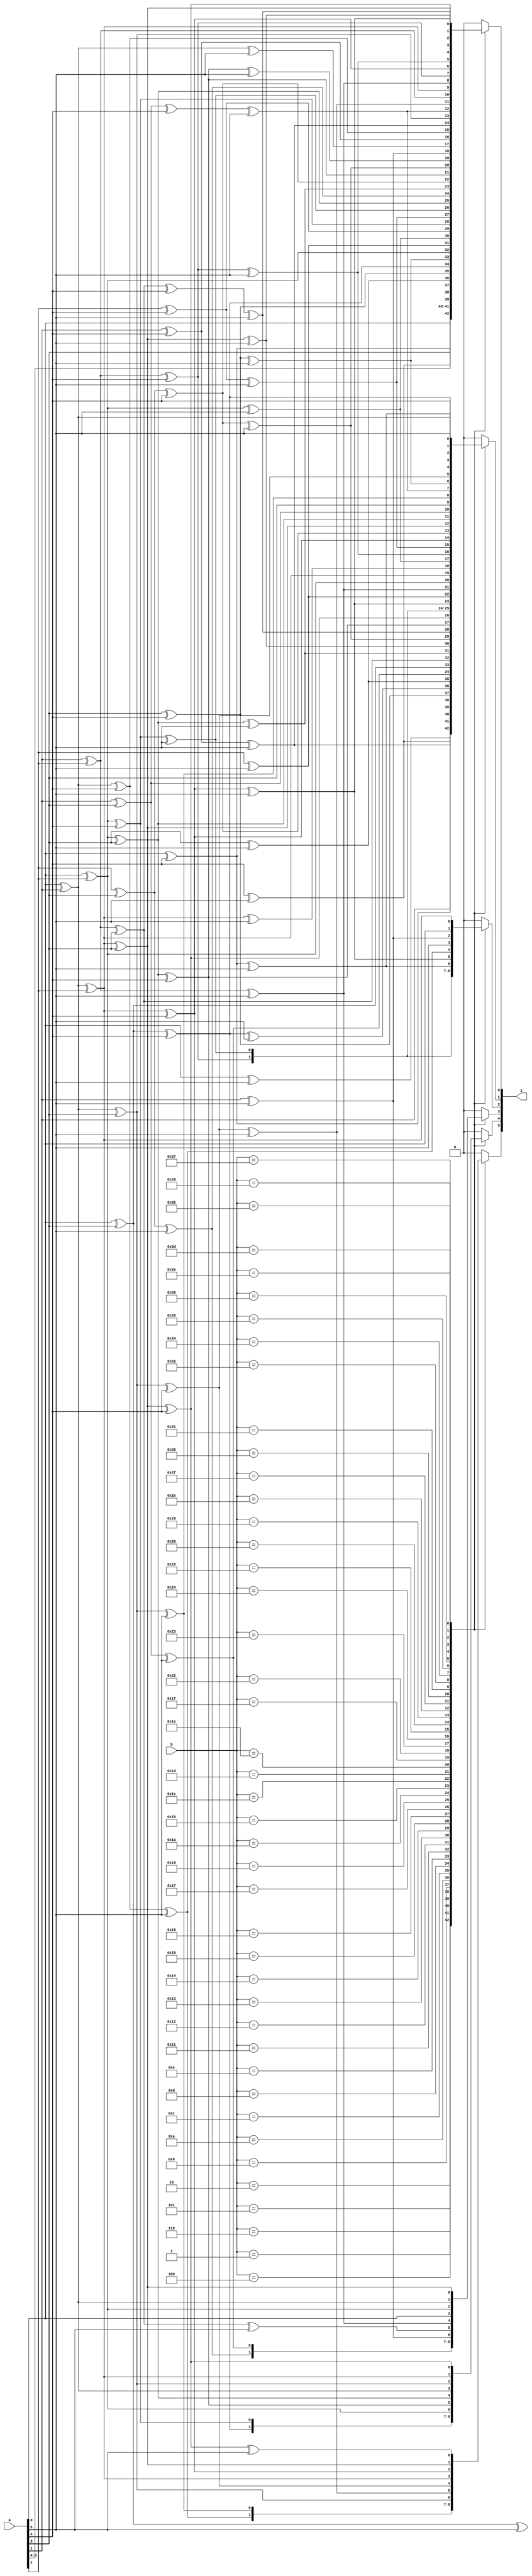
`timescale 1ns/100ps
module gf64mul(
    input       [5:0] a,
    input       [5:0] b,
    output  reg [5:0] z
);
always @(*)
begin
    case (b)
        6'd1:
            begin
                z[0] = a[0];
                z[1] = a[1];
                z[2] = a[2];
                z[3] = a[3];
                z[4] = a[4];
                z[5] = a[5];
            end
        6'd2:
            begin
                z[0] = a[5];
                z[1] = a[0] ^ a[5];
                z[2] = a[1];
                z[3] = a[2];
                z[4] = a[3];
                z[5] = a[4];
            end
        6'd4:
            begin
                z[0] = a[4];
                z[1] = a[4] ^ a[5];
                z[2] = a[0] ^ a[5];
                z[3] = a[1];
                z[4] = a[2];
                z[5] = a[3];
            end
        6'd5:
            begin
                z[0] = a[0] ^ a[4];
                z[1] = a[1] ^ a[4] ^ a[5];
                z[2] = a[0] ^ a[2] ^ a[5];
                z[3] = a[1] ^ a[3];
                z[4] = a[2] ^ a[4];
                z[5] = a[3] ^ a[5];
            end
        6'd6:
            begin
                z[0] = a[4] ^ a[5];
                z[1] = a[0] ^ a[4];
                z[2] = a[0] ^ a[1] ^ a[5];
                z[3] = a[1] ^ a[2];
                z[4] = a[2] ^ a[3];
                z[5] = a[3] ^ a[4];
            end
        6'd8:
            begin
                z[0] = a[3];
                z[1] = a[3] ^ a[4];
                z[2] = a[4] ^ a[5];
                z[3] = a[0] ^ a[5];
                z[4] = a[1];
                z[5] = a[2];
            end
        6'd10:
            begin
                z[0] = a[3] ^ a[5];
                z[1] = a[0] ^ a[3] ^ a[4] ^ a[5];
                z[2] = a[1] ^ a[4] ^ a[5];
                z[3] = a[0] ^ a[2] ^ a[5];
                z[4] = a[1] ^ a[3];
                z[5] = a[2] ^ a[4];
            end
        6'd12:
            begin
                z[0] = a[3] ^ a[4];
                z[1] = a[3] ^ a[5];
                z[2] = a[0] ^ a[4];
                z[3] = a[0] ^ a[1] ^ a[5];
                z[4] = a[1] ^ a[2];
                z[5] = a[2] ^ a[3];
            end
        6'd13:
            begin
                z[0] = a[0] ^ a[3] ^ a[4];
                z[1] = a[1] ^ a[3] ^ a[5];
                z[2] = a[0] ^ a[2] ^ a[4];
                z[3] = a[0] ^ a[1] ^ a[3] ^ a[5];
                z[4] = a[1] ^ a[2] ^ a[4];
                z[5] = a[2] ^ a[3] ^ a[5];
            end
        6'd14:
            begin
                z[0] = a[3] ^ a[4] ^ a[5];
                z[1] = a[0] ^ a[3];
                z[2] = a[0] ^ a[1] ^ a[4];
                z[3] = a[0] ^ a[1] ^ a[2] ^ a[5];
                z[4] = a[1] ^ a[2] ^ a[3];
                z[5] = a[2] ^ a[3] ^ a[4];
            end
        6'd17:
            begin
                z[0] = a[0] ^ a[2];
                z[1] = a[1] ^ a[2] ^ a[3];
                z[2] = a[2] ^ a[3] ^ a[4];
                z[3] = a[3] ^ a[4] ^ a[5];
                z[4] = a[0] ^ a[4] ^ a[5];
                z[5] = a[1] ^ a[5];
            end
        6'd18:
            begin
                z[0] = a[2] ^ a[5];
                z[1] = a[0] ^ a[2] ^ a[3] ^ a[5];
                z[2] = a[1] ^ a[3] ^ a[4];
                z[3] = a[2] ^ a[4] ^ a[5];
                z[4] = a[0] ^ a[3] ^ a[5];
                z[5] = a[1] ^ a[4];
            end
        6'd19:
            begin
                z[0] = a[0] ^ a[2] ^ a[5];
                z[1] = a[0] ^ a[1] ^ a[2] ^ a[3] ^ a[5];
                z[2] = a[1] ^ a[2] ^ a[3] ^ a[4];
                z[3] = a[2] ^ a[3] ^ a[4] ^ a[5];
                z[4] = a[0] ^ a[3] ^ a[4] ^ a[5];
                z[5] = a[1] ^ a[4] ^ a[5];
            end
        6'd20:
            begin
                z[0] = a[2] ^ a[4];
                z[1] = a[2] ^ a[3] ^ a[4] ^ a[5];
                z[2] = a[0] ^ a[3] ^ a[4] ^ a[5];
                z[3] = a[1] ^ a[4] ^ a[5];
                z[4] = a[0] ^ a[2] ^ a[5];
                z[5] = a[1] ^ a[3];
            end
        6'd21:
            begin
                z[0] = a[0] ^ a[2] ^ a[4];
                z[1] = a[1] ^ a[2] ^ a[3] ^ a[4] ^ a[5];
                z[2] = a[0] ^ a[2] ^ a[3] ^ a[4] ^ a[5];
                z[3] = a[1] ^ a[3] ^ a[4] ^ a[5];
                z[4] = a[0] ^ a[2] ^ a[4] ^ a[5];
                z[5] = a[1] ^ a[3] ^ a[5];
            end
        6'd22:
            begin
                z[0] = a[2] ^ a[4] ^ a[5];
                z[1] = a[0] ^ a[2] ^ a[3] ^ a[4];
                z[2] = a[0] ^ a[1] ^ a[3] ^ a[4] ^ a[5];
                z[3] = a[1] ^ a[2] ^ a[4] ^ a[5];
                z[4] = a[0] ^ a[2] ^ a[3] ^ a[5];
                z[5] = a[1] ^ a[3] ^ a[4];
            end
        6'd23:
            begin
                z[0] = a[0] ^ a[2] ^ a[4] ^ a[5];
                z[1] = a[0] ^ a[1] ^ a[2] ^ a[3] ^ a[4];
                z[2] = a[0] ^ a[1] ^ a[2] ^ a[3] ^ a[4] ^ a[5];
                z[3] = a[1] ^ a[2] ^ a[3] ^ a[4] ^ a[5];
                z[4] = a[0] ^ a[2] ^ a[3] ^ a[4] ^ a[5];
                z[5] = a[1] ^ a[3] ^ a[4] ^ a[5];
            end
        6'd25:
            begin
                z[0] = a[0] ^ a[2] ^ a[3];
                z[1] = a[1] ^ a[2] ^ a[4];
                z[2] = a[2] ^ a[3] ^ a[5];
                z[3] = a[0] ^ a[3] ^ a[4];
                z[4] = a[0] ^ a[1] ^ a[4] ^ a[5];
                z[5] = a[1] ^ a[2] ^ a[5];
            end
        6'd26:
            begin
                z[0] = a[2] ^ a[3] ^ a[5];
                z[1] = a[0] ^ a[2] ^ a[4] ^ a[5];
                z[2] = a[1] ^ a[3] ^ a[5];
                z[3] = a[0] ^ a[2] ^ a[4];
                z[4] = a[0] ^ a[1] ^ a[3] ^ a[5];
                z[5] = a[1] ^ a[2] ^ a[4];
            end
        6'd27:
            begin
                z[0] = a[0] ^ a[2] ^ a[3] ^ a[5];
                z[1] = a[0] ^ a[1] ^ a[2] ^ a[4] ^ a[5];
                z[2] = a[1] ^ a[2] ^ a[3] ^ a[5];
                z[3] = a[0] ^ a[2] ^ a[3] ^ a[4];
                z[4] = a[0] ^ a[1] ^ a[3] ^ a[4] ^ a[5];
                z[5] = a[1] ^ a[2] ^ a[4] ^ a[5];
            end
        6'd28:
            begin
                z[0] = a[2] ^ a[3] ^ a[4];
                z[1] = a[2] ^ a[5];
                z[2] = a[0] ^ a[3];
                z[3] = a[0] ^ a[1] ^ a[4];
                z[4] = a[0] ^ a[1] ^ a[2] ^ a[5];
                z[5] = a[1] ^ a[2] ^ a[3];
            end
        6'd29:
            begin
                z[0] = a[0] ^ a[2] ^ a[3] ^ a[4];
                z[1] = a[1] ^ a[2] ^ a[5];
                z[2] = a[0] ^ a[2] ^ a[3];
                z[3] = a[0] ^ a[1] ^ a[3] ^ a[4];
                z[4] = a[0] ^ a[1] ^ a[2] ^ a[4] ^ a[5];
                z[5] = a[1] ^ a[2] ^ a[3] ^ a[5];
            end
        6'd30:
            begin
                z[0] = a[2] ^ a[3] ^ a[4] ^ a[5];
                z[1] = a[0] ^ a[2];
                z[2] = a[0] ^ a[1] ^ a[3];
                z[3] = a[0] ^ a[1] ^ a[2] ^ a[4];
                z[4] = a[0] ^ a[1] ^ a[2] ^ a[3] ^ a[5];
                z[5] = a[1] ^ a[2] ^ a[3] ^ a[4];
            end
        6'd31:
            begin
                z[0] = a[0] ^ a[2] ^ a[3] ^ a[4] ^ a[5];
                z[1] = a[0] ^ a[1] ^ a[2];
                z[2] = a[0] ^ a[1] ^ a[2] ^ a[3];
                z[3] = a[0] ^ a[1] ^ a[2] ^ a[3] ^ a[4];
                z[4] = a[0] ^ a[1] ^ a[2] ^ a[3] ^ a[4] ^ a[5];
                z[5] = a[1] ^ a[2] ^ a[3] ^ a[4] ^ a[5];
            end
        6'd34:
            begin
                z[0] = a[1] ^ a[5];
                z[1] = a[0] ^ a[1] ^ a[2] ^ a[5];
                z[2] = a[1] ^ a[2] ^ a[3];
                z[3] = a[2] ^ a[3] ^ a[4];
                z[4] = a[3] ^ a[4] ^ a[5];
                z[5] = a[0] ^ a[4] ^ a[5];
            end
        6'd35:
            begin
                z[0] = a[0] ^ a[1] ^ a[5];
                z[1] = a[0] ^ a[2] ^ a[5];
                z[2] = a[1] ^ a[3];
                z[3] = a[2] ^ a[4];
                z[4] = a[3] ^ a[5];
                z[5] = a[0] ^ a[4];
            end
        6'd36:
            begin
                z[0] = a[1] ^ a[4];
                z[1] = a[1] ^ a[2] ^ a[4] ^ a[5];
                z[2] = a[0] ^ a[2] ^ a[3] ^ a[5];
                z[3] = a[1] ^ a[3] ^ a[4];
                z[4] = a[2] ^ a[4] ^ a[5];
                z[5] = a[0] ^ a[3] ^ a[5];
            end
        6'd37:
            begin
                z[0] = a[0] ^ a[1] ^ a[4];
                z[1] = a[2] ^ a[4] ^ a[5];
                z[2] = a[0] ^ a[3] ^ a[5];
                z[3] = a[1] ^ a[4];
                z[4] = a[2] ^ a[5];
                z[5] = a[0] ^ a[3];
            end
        6'd38:
            begin
                z[0] = a[1] ^ a[4] ^ a[5];
                z[1] = a[0] ^ a[1] ^ a[2] ^ a[4];
                z[2] = a[0] ^ a[1] ^ a[2] ^ a[3] ^ a[5];
                z[3] = a[1] ^ a[2] ^ a[3] ^ a[4];
                z[4] = a[2] ^ a[3] ^ a[4] ^ a[5];
                z[5] = a[0] ^ a[3] ^ a[4] ^ a[5];
            end
        6'd41:
            begin
                z[0] = a[0] ^ a[1] ^ a[3];
                z[1] = a[2] ^ a[3] ^ a[4];
                z[2] = a[3] ^ a[4] ^ a[5];
                z[3] = a[0] ^ a[4] ^ a[5];
                z[4] = a[1] ^ a[5];
                z[5] = a[0] ^ a[2];
            end
        6'd46:
            begin
                z[0] = a[1] ^ a[3] ^ a[4] ^ a[5];
                z[1] = a[0] ^ a[1] ^ a[2] ^ a[3];
                z[2] = a[0] ^ a[1] ^ a[2] ^ a[3] ^ a[4];
                z[3] = a[0] ^ a[1] ^ a[2] ^ a[3] ^ a[4] ^ a[5];
                z[4] = a[1] ^ a[2] ^ a[3] ^ a[4] ^ a[5];
                z[5] = a[0] ^ a[2] ^ a[3] ^ a[4] ^ a[5];
            end
        6'd47:
            begin
                z[0] = a[0] ^ a[1] ^ a[3] ^ a[4] ^ a[5];
                z[1] = a[0] ^ a[2] ^ a[3];
                z[2] = a[0] ^ a[1] ^ a[3] ^ a[4];
                z[3] = a[0] ^ a[1] ^ a[2] ^ a[4] ^ a[5];
                z[4] = a[1] ^ a[2] ^ a[3] ^ a[5];
                z[5] = a[0] ^ a[2] ^ a[3] ^ a[4];
            end
        6'd48:
            begin
                z[0] = a[1] ^ a[2];
                z[1] = a[1] ^ a[3];
                z[2] = a[2] ^ a[4];
                z[3] = a[3] ^ a[5];
                z[4] = a[0] ^ a[4];
                z[5] = a[0] ^ a[1] ^ a[5];
            end
        6'd49:
            begin
                z[0] = a[0] ^ a[1] ^ a[2];
                z[1] = a[3];
                z[2] = a[4];
                z[3] = a[5];
                z[4] = a[0];
                z[5] = a[0] ^ a[1];
            end
        6'd50:
            begin
                z[0] = a[1] ^ a[2] ^ a[5];
                z[1] = a[0] ^ a[1] ^ a[3] ^ a[5];
                z[2] = a[1] ^ a[2] ^ a[4];
                z[3] = a[2] ^ a[3] ^ a[5];
                z[4] = a[0] ^ a[3] ^ a[4];
                z[5] = a[0] ^ a[1] ^ a[4] ^ a[5];
            end
        6'd52:
            begin
                z[0] = a[1] ^ a[2] ^ a[4];
                z[1] = a[1] ^ a[3] ^ a[4] ^ a[5];
                z[2] = a[0] ^ a[2] ^ a[4] ^ a[5];
                z[3] = a[1] ^ a[3] ^ a[5];
                z[4] = a[0] ^ a[2] ^ a[4];
                z[5] = a[0] ^ a[1] ^ a[3] ^ a[5];
            end
        6'd53:
            begin
                z[0] = a[0] ^ a[1] ^ a[2] ^ a[4];
                z[1] = a[3] ^ a[4] ^ a[5];
                z[2] = a[0] ^ a[4] ^ a[5];
                z[3] = a[1] ^ a[5];
                z[4] = a[0] ^ a[2];
                z[5] = a[0] ^ a[1] ^ a[3];
            end
        6'd54:
            begin
                z[0] = a[1] ^ a[2] ^ a[4] ^ a[5];
                z[1] = a[0] ^ a[1] ^ a[3] ^ a[4];
                z[2] = a[0] ^ a[1] ^ a[2] ^ a[4] ^ a[5];
                z[3] = a[1] ^ a[2] ^ a[3] ^ a[5];
                z[4] = a[0] ^ a[2] ^ a[3] ^ a[4];
                z[5] = a[0] ^ a[1] ^ a[3] ^ a[4] ^ a[5];
            end
        6'd55:
            begin
                z[0] = a[0] ^ a[1] ^ a[2] ^ a[4] ^ a[5];
                z[1] = a[0] ^ a[3] ^ a[4];
                z[2] = a[0] ^ a[1] ^ a[4] ^ a[5];
                z[3] = a[1] ^ a[2] ^ a[5];
                z[4] = a[0] ^ a[2] ^ a[3];
                z[5] = a[0] ^ a[1] ^ a[3] ^ a[4];
            end
        6'd57:
            begin
                z[0] = a[0] ^ a[1] ^ a[2] ^ a[3];
                z[1] = a[4];
                z[2] = a[5];
                z[3] = a[0];
                z[4] = a[0] ^ a[1];
                z[5] = a[0] ^ a[1] ^ a[2];
            end
        6'd59:
            begin
                z[0] = a[0] ^ a[1] ^ a[2] ^ a[3] ^ a[5];
                z[1] = a[0] ^ a[4] ^ a[5];
                z[2] = a[1] ^ a[5];
                z[3] = a[0] ^ a[2];
                z[4] = a[0] ^ a[1] ^ a[3];
                z[5] = a[0] ^ a[1] ^ a[2] ^ a[4];
            end
        6'd61:
            begin
                z[0] = a[0] ^ a[1] ^ a[2] ^ a[3] ^ a[4];
                z[1] = a[5];
                z[2] = a[0];
                z[3] = a[0] ^ a[1];
                z[4] = a[0] ^ a[1] ^ a[2];
                z[5] = a[0] ^ a[1] ^ a[2] ^ a[3];
            end
        6'd62:
            begin
                z[0] = a[1] ^ a[2] ^ a[3] ^ a[4] ^ a[5];
                z[1] = a[0] ^ a[1];
                z[2] = a[0] ^ a[1] ^ a[2];
                z[3] = a[0] ^ a[1] ^ a[2] ^ a[3];
                z[4] = a[0] ^ a[1] ^ a[2] ^ a[3] ^ a[4];
                z[5] = a[0] ^ a[1] ^ a[2] ^ a[3] ^ a[4] ^ a[5];
            end
        default:
            begin
                z[0] = 0; 
                z[1] = 0; 
                z[2] = 0; 
                z[3] = 0; 
                z[4] = 0; 
                z[5] = 0; 
            end
    endcase
end
endmodule